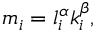
m _ { i } = l _ { i } ^ { \alpha } k _ { i } ^ { \beta } ,